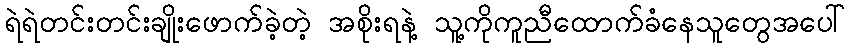
ရဲရဲတင်းတင်းချိုးဖောက်ခဲ့တဲ့ အစိုးရနဲ့ သူ့ကိုကူညီထောက်ခံနေသူတွေအပေါ်